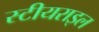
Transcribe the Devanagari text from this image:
स्टीयराइल